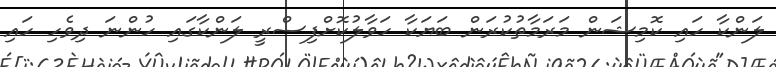
ލަންކާ ހައި ކޮމިޝަން މަރަމާތުކުރަން ބަޔަަކާ ހަވާލުކޮށްފިސްރީ ލަންކާގައި ހުންނަ ދިވެހި ހައި